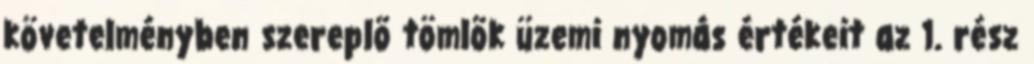
követelményben szereplõ tömlõk üzemi nyomás értékeit az 1. rész